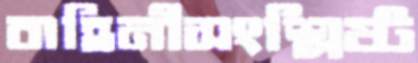
বাহিনীসংশ্লিষ্ট